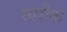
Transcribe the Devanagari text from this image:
सारीक